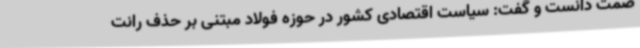
صمت دانست و گفت: سیاست اقتصادی کشور در حوزه فولاد مبتنی بر حذف رانت